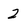
Character: 2